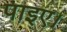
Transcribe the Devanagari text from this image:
पाइए।